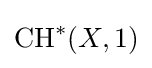
{\text{CH}}^{*}(X,1)